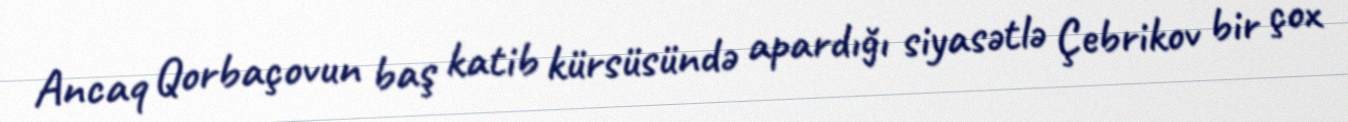
Ancaq Qorbaçovun baş katib kürsüsündə apardığı siyasətlə Çebrikov bir çox